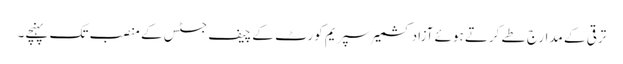
ترقی کے مدارج طے کرتے ہوئے آزادکشمیر سپریم کورٹ کے چیف جسٹس کے منصب تک پہنچے۔